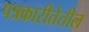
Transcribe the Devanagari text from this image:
पत्रकारीतेतील